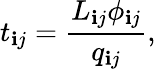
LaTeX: t_{\mathbf{i}j}=\frac{{L_{\mathbf{i}j}\phi_{\mathbf{i}j}}}{{q_{\mathbf{i}j}}},